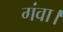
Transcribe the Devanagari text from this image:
गंवा।